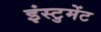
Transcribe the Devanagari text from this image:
इंस्टुमेंट